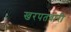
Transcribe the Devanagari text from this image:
खरपतवारी